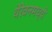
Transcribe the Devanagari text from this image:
येरेवनमध्ये